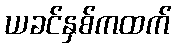
ယခင်နှစ်ကထက်